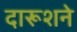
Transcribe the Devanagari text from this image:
दारूशने